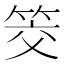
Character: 筊